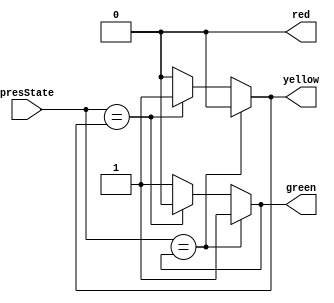
module LogicOutput(presState, green, yellow, red);
	input [1:0] presState;
	output reg green, yellow, red;
	
	
	always@(*) begin
		case(presState) 
			green: begin
				green = 1;
				yellow = 0;
				red = 0;
			end
			yellow: begin
				green = 0;
				yellow = 1;
				red = 0;
			end
			yellow: begin
				green = 0;
				yellow = 0;
				red = 1;
			end
			default: begin
				green = 1;
				yellow = 0;
				red = 0;
			end
		endcase
	end
endmodule